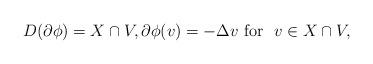
LaTeX: \begin{align*}D(\partial \phi)= X \cap V,\partial \phi(v)= -\Delta v\mbox{ for } \ v\in X\cap V,\end{align*}